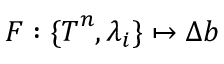
\boldsymbol { F } : \{ \boldsymbol { T } ^ { n } , \lambda _ { i } \} \mapsto \Delta \boldsymbol { b }